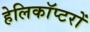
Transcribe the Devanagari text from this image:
हेलिकाॅप्टरों